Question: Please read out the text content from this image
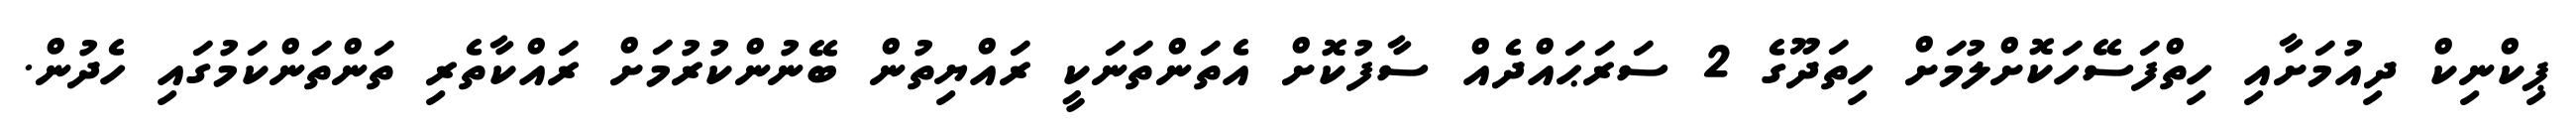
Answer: ޕިކްނިކް ދިއުމަށާއި ހިތްފަސޭހަކޮށްލުމަށް ހިތަދޫގެ 2 ސަރަޙައްދެއް ސާފުކޮށް އެތަންތަނަކީ ރައްޔިތުން ބޭނުންކުރުމަށް ރައްކާތެރި ތަންތަންކަމުގައި ހެދުން.